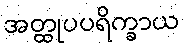
အတ္ထုပပရိက္ခာယ